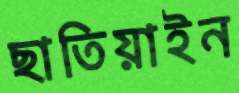
ছাতিয়াইন